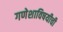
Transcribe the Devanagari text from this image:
गणेशाविषयीची